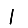
Digit: 1